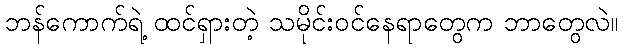
ဘန်ကောက်ရဲ့ ထင်ရှားတဲ့ သမိုင်းဝင်နေရာတွေက ဘာတွေလဲ။